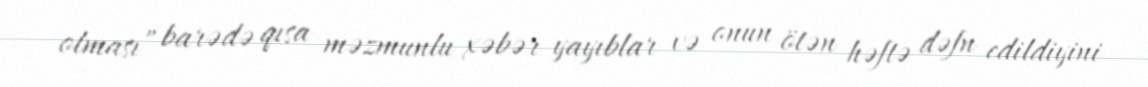
olması” barədə qısa məzmunlu xəbər yayıblar və onun ötən həftə dəfn edildiyini